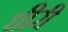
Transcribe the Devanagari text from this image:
धीरी